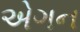
એગન